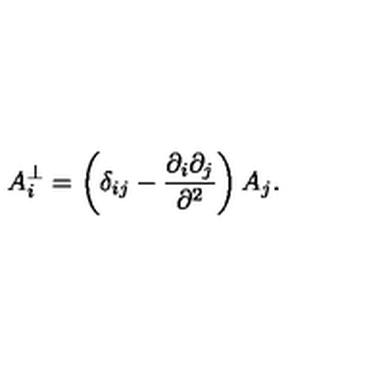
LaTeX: A _ { i } ^ { \bot } = \left( \delta _ { i j } - \frac { \partial _ { i } \partial _ { j } } { \partial ^ { 2 } } \right) A _ { j } .